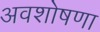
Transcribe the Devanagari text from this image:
अवशोषणा